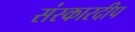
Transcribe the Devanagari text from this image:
संस्कारदीप